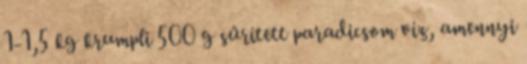
1-1,5 kg krumpli 500 g sűrített paradicsom víz, amennyi